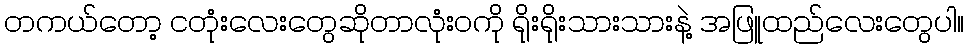
တကယ်တော့ ငတုံးလေးတွေဆိုတာလုံးဝကို ရိုးရိုးသားသားနဲ့ အဖြူထည်လေးတွေပါ။